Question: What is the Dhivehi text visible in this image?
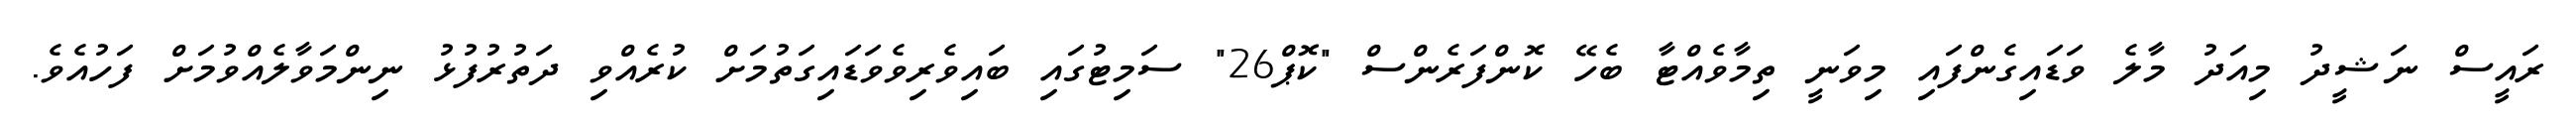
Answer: ރައީސް ނަޝީދު މިއަދު މާލެ ވަޑައިގެންފައި މިވަނީ ތިމާވެއްޓާ ބެހޭ ކޮންފަރެންސް "ކޮޕް26" ސަމިޓުގައި ބައިވެރިވެވަޑައިގަތުމަށް ކުރެއްވި ދަތުރުފުޅު ނިންމަވާލެއްވުމަށް ފަހުއެވެ.